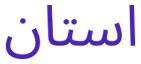
استان